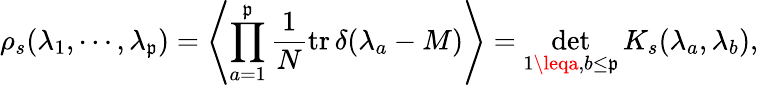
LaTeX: \rho_{s}(\lambda_{1},\cdots,\lambda_{\mathfrak{p}})=\left\langle\prod_{a=1}^{\mathfrak{p}}\frac{{1}}{{N}}\mathrm{{tr}}\, \delta(\lambda_{a}-M)\right\rangle=\operatorname*{det}_{1\leqa,b\leq\mathfrak{p}}K_{s}(\lambda_{a},\lambda_{b}),